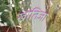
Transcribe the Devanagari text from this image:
खातिजा